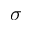
\sigma